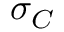
\sigma _ { C }